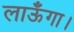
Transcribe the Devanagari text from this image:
लाऊँगा।